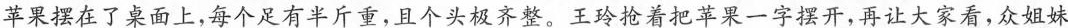
苹果摆在了桌面上，每个足有半斤重，且个头极齐整。王玲抢着把苹果一字摆开，再让大家，众姐妹